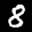
Label: 8